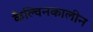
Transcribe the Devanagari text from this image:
कैल्विनकालीन